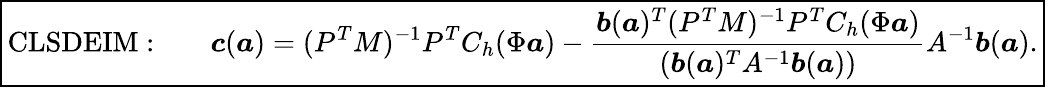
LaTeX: \boxed{\mathrm{CLSDEIM:}\qquad\boldsymbol{c}(\boldsymbol{a})=(P^{T}M)^{-1}P^{T}C_{h}(\Phi\boldsymbol{a})-\frac{\boldsymbol{b}(\boldsymbol{a})^{T}(P^{T}M)^{-1}P^{T}C_{h}(\Phi\boldsymbol{a})}{(\boldsymbol{b}(\boldsymbol{a})^{T}A^{-1}\boldsymbol{b}(\boldsymbol{a}))}A^{-1}\boldsymbol{b}(\boldsymbol{a}).}